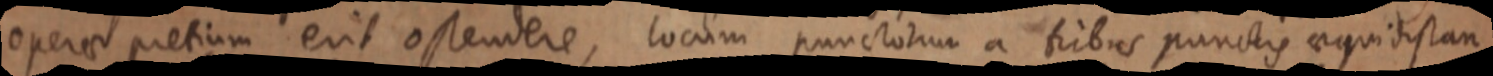
operae pretium erit ostendere, locum punctorum a tribus punctis aequidistan